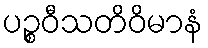
ပဉ္စဝီသတိဝိမာနံ